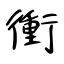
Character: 衝